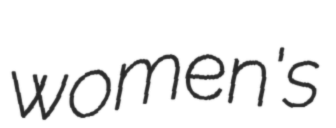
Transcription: women's